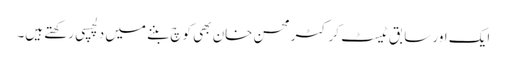
ایک اور سابق ٹیسٹ کرکٹر محسن خان بھی کوچ بننے میں دلچسپی رکھتے ہیں۔